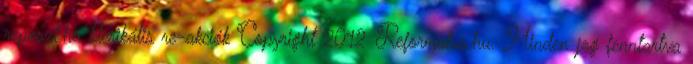
reposzt.hu klerikális re-akciók Copyright 2012 Reformatus.hu. Minden jog fenntartva